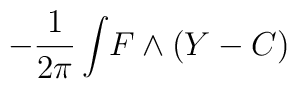
-{1\over2\pi}\int\!  F\wedge (Y-C)